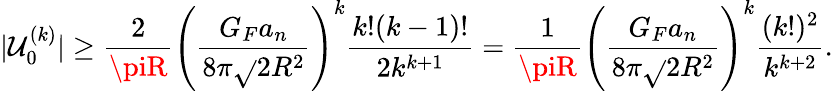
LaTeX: |\mathcal{U}_{0}^{(k)}|\geq\frac{{2}}{{\piR}}\left(\frac{{G_{F}a_{n}}}{{8\pi\sqrt{}{{2}}R^{2}}}\right)^{k}\frac{{k!(k-1)!}}{{2k^{k+1}}}=\frac{{1}}{{\piR}}\left(\frac{{G_{F}a_{n}}}{{8\pi\sqrt{}{{2}}R^{2}}}\right)^{k}\frac{{(k!)^{2}}}{{k^{k+2}}}.